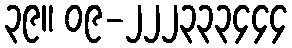
၃၉။ ၀၉-၂၂၂၃၃၃၄၄၄